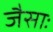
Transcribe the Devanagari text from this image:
जैसाः